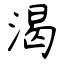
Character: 渴